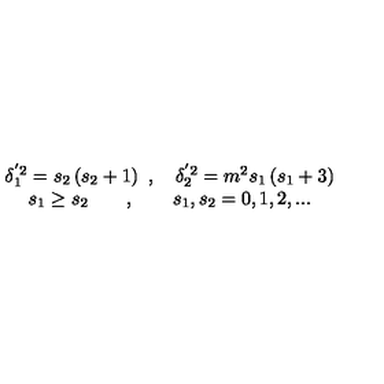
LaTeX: \begin{array} { c } { \delta _ { 1 } ^ { ^ { \prime } 2 } = s _ { 2 } \left( s _ { 2 } + 1 \right) \ , \quad \delta _ { 2 } ^ { ^ { \prime } 2 } = m ^ { 2 } s _ { 1 } \left( s _ { 1 } + 3 \right) } \\ { s _ { 1 } \geq s _ { 2 } \qquad , \qquad s _ { 1 } , s _ { 2 } = 0 , 1 , 2 , . . . } \\ \end{array}